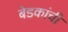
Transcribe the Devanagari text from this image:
बेडकांची